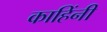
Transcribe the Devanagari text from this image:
काहिंनी